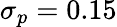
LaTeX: \sigma_{p}=0.15